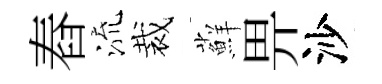
舂流裁蘚畀沙